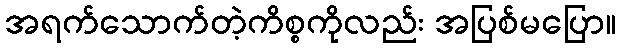
အရက်သောက်တဲ့ကိစ္စကိုလည်း အပြစ်မပြော။